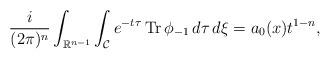
LaTeX: \begin{align*} \frac{i}{(2 \pi)^{n}}\int_{\mathbb{R}^{n-1}}\int_{\mathcal{C}} e^{-t\tau} \operatorname{Tr} \phi_{-1} \,d\tau \,d\xi =a_0(x)t^{1-n},\end{align*}